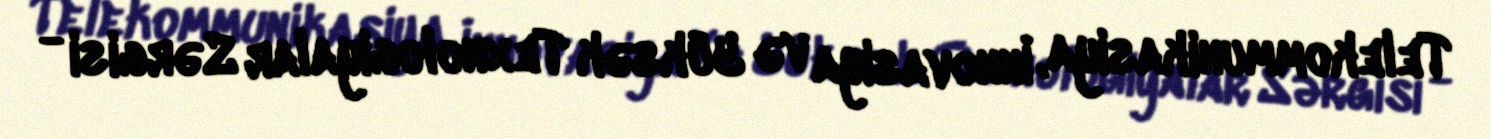
Telekommunikasiya, İnnovasiya və Yüksək Texnologiyalar Sərgisi -